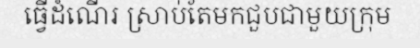
ធ្វើដំណើរ ស្រាប់តែមកជួបជាមួយក្រុម